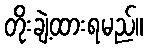
တိုးချဲ့ထားရမည်။